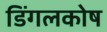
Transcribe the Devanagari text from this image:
डिंगलकोष